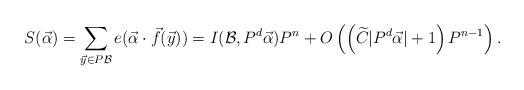
LaTeX: \begin{align*}S(\vec{\alpha}) = \sum_{\vec{y}\in P\mathcal{B} } e(\vec{\alpha}\cdot \vec{f}(\vec{y})) = I(\mathcal{B},P^d\vec{\alpha})P^n + O\left(\left(\widetilde{C}|P^d\vec{\alpha}|+1\right)P^{n-1}\right).\end{align*}